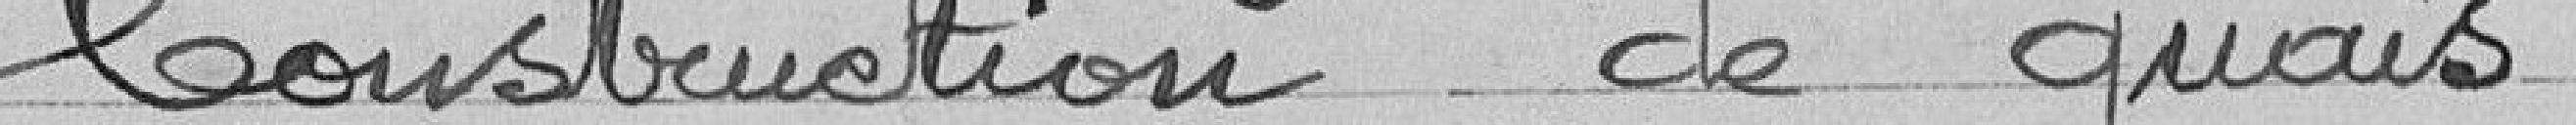
Construction de quais